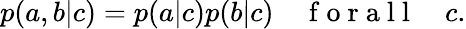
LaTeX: \begin{array}{r}{p(a,b|c)=p(a|c)p(b|c)\quad\mathrm{~f~o~r~a~l~l~}\quad c.}\end{array}